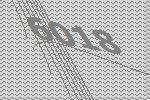
6018